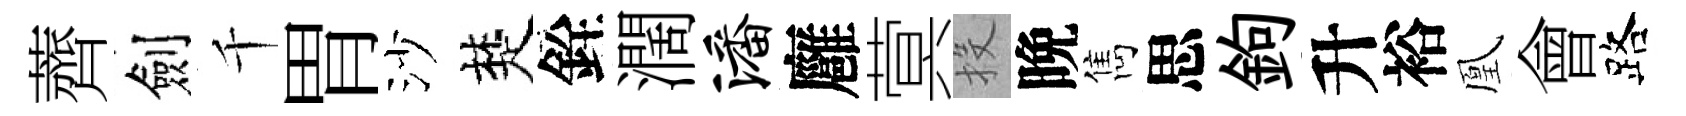
薺劍千胃沙楚銓濶潘廱蓂投晩雋思鉤升裕凰會路